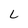
Character: L